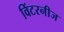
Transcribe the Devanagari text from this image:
विंटरनीज